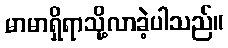
မာမာရှိရာသို့လာခဲ့ပါသည်။